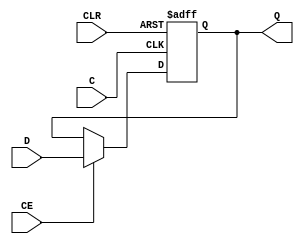
`timescale  1 ps / 1 ps

module FDCE (C, CE, CLR, D, Q);

    parameter INIT = 1'b1;

    output Q;

    input  C, CE, D, CLR;

    wire Q;
    reg q_out;

    initial q_out = INIT;

    assign Q = q_out;

    always @(posedge C or posedge CLR)
        if (CLR)
             q_out <= 0;
        else if (CE)
	         q_out <= D;

endmodule